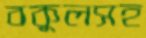
বকুলসহ